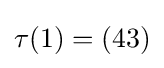
\tau (1)=(43)